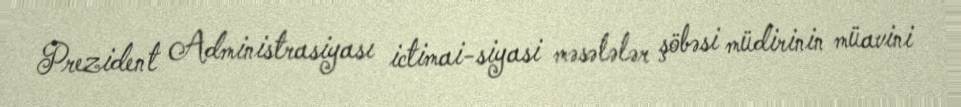
Prezident Administrasiyası ictimai-siyasi məsələlər şöbəsi müdirinin müavini